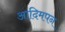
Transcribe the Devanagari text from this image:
आदिमपन